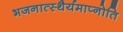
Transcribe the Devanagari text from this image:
भजनात्स्थैर्यमाप्नोति